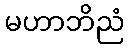
မဟာဘိညံ